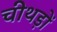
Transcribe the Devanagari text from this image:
चीथड़ों